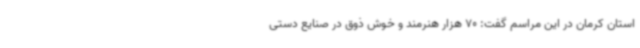
استان کرمان در این مراسم گفت: 70 هزار هنرمند و خوش ذوق در صنایع دستی